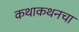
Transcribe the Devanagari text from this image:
कथाकथनचा